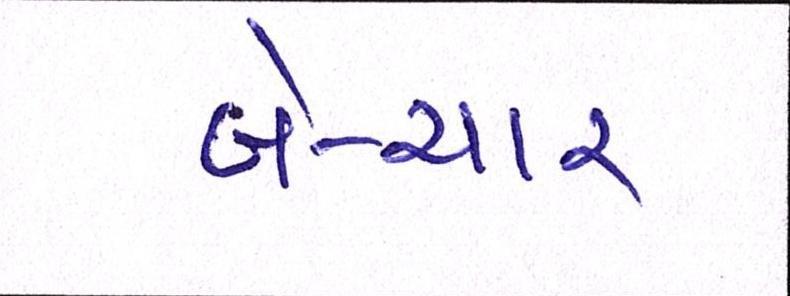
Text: બે-ચાર